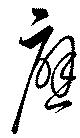
應